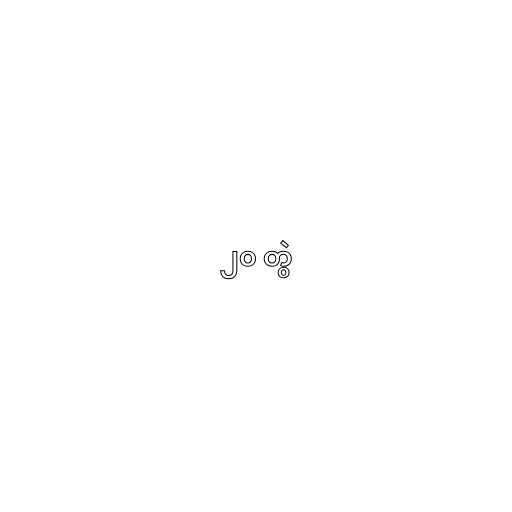
၂၀ တွဲ